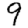
Digit: 9